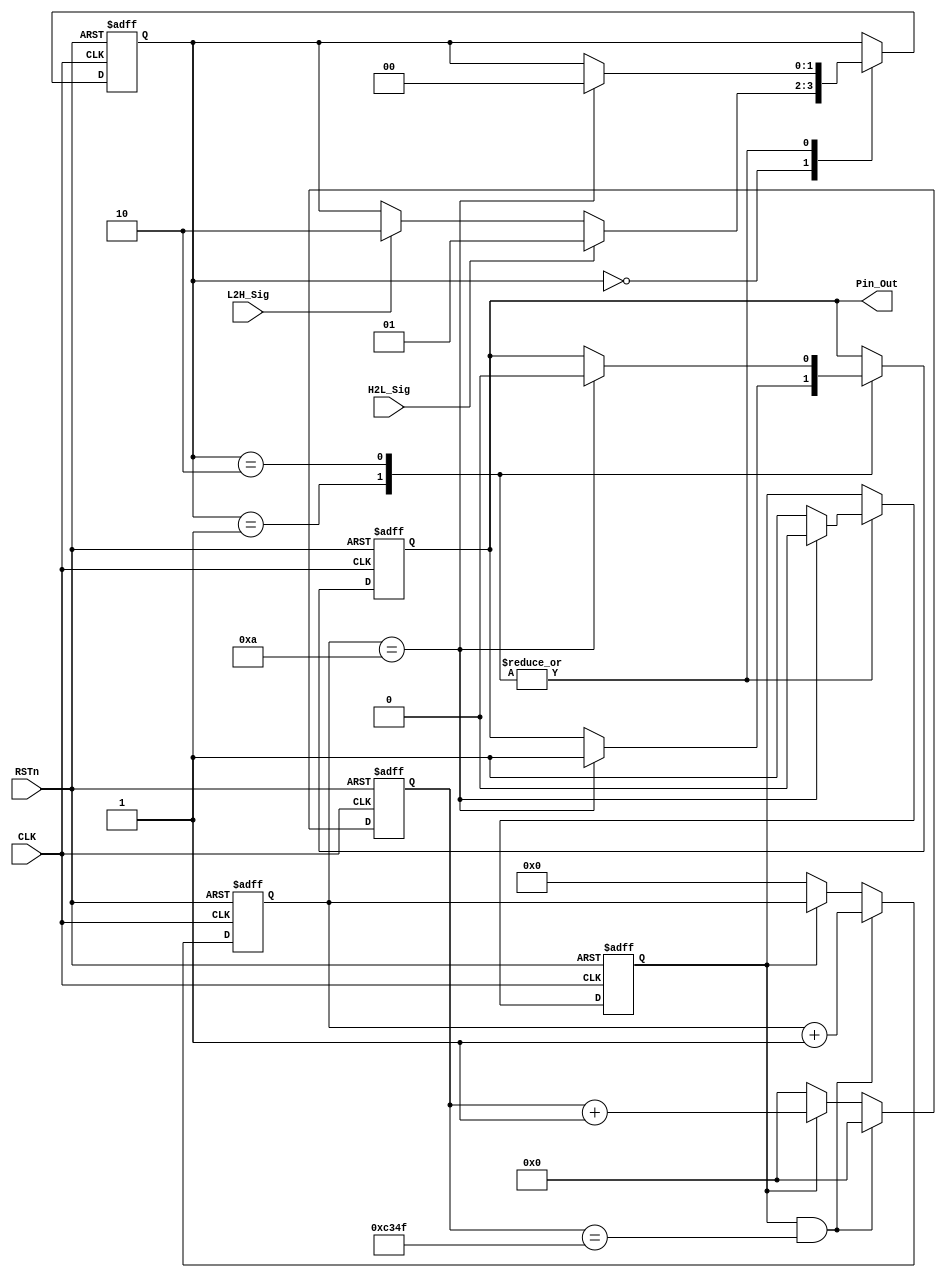
module delay_module 
(
    CLK, RSTn, H2L_Sig, L2H_Sig, Pin_Out
);

    input CLK;
	 input RSTn;
	 input H2L_Sig;
	 input L2H_Sig;
	 output Pin_Out;
	 
	 /****************************************/
	 
	 parameter T1MS = 16'd49_999;//DB4CE15开发板使用的晶振为50MHz，50M*0.001-1=49_999
	 
	 /****************1MS的定时器*****************/
	 
	 reg [15:0]Count1;

	 always @ ( posedge CLK or negedge RSTn )
	     if( !RSTn )
		      Count1 <= 16'd0;
		  else if( isCount && Count1 == T1MS )
		      Count1 <= 16'd0;
		  else if( isCount )
		      Count1 <= Count1 + 1'b1;
		  else if( !isCount )
		      Count1 <= 16'd0;
	
    /******************计数器**********************/	
	//要延时10ms，上面是1ms定时，下面是计十次；			
    reg [3:0]Count_MS;
	    
	 always @ ( posedge CLK or negedge RSTn )
        if( !RSTn )
		      Count_MS <= 4'd0;
		  else if( isCount && Count1 == T1MS )
		      Count_MS <= Count_MS + 1'b1;
		  else if( !isCount )
		      Count_MS <= 4'd0;
	
	/******************************************/
	
	reg isCount;			//使能
	reg rPin_Out;
	reg [1:0]i;				//i 寄存器用来控制执行的步骤
	
	always @ ( posedge CLK or negedge RSTn )
	    if( !RSTn )
		    begin
		        isCount <= 1'b0;
				rPin_Out <= 1'b0;
				i <= 2'd0;
			end
		 else
		      case ( i )
				
				    2'd0 : 
					 if( H2L_Sig ) 
					 	i <= 2'd1;
					 else if( L2H_Sig ) 
					 	i <= 2'd2;
					
				    2'd1 : 
					 if( Count_MS == 4'd10 ) begin 
						 isCount <= 1'b0; 
						 rPin_Out <= 1'b1; 
						 i <= 2'd0; 
					 end
				     else	
						isCount <= 1'b1;
					 
					 2'd2 :
					 if( Count_MS == 4'd10 ) begin 
						 isCount <= 1'b0; 
						 rPin_Out <= 1'b0; 
						 i <= 2'd0; 
						 end
				     else	
						 isCount <= 1'b1;			
				endcase
				
    /********************************************/
	 
	 assign Pin_Out = rPin_Out;
	 
	 /********************************************/
		      


endmodule